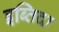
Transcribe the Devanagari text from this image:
इब्तिदा